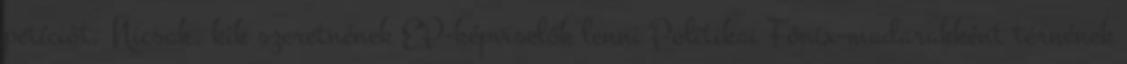
petíciót. Nicsak, kik szeretnének EP-képviselők lenni Politikai Főnix-madarakként térnének